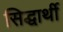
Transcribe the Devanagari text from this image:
सिद्धार्थी